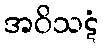
အဝိသဋံ